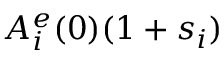
A _ { i } ^ { e } ( 0 ) ( 1 + s _ { i } )